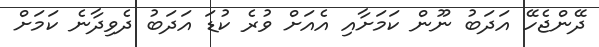
ދޭންޖެހޭ އަދަބު ނޫން ކަމަށާއި އެއަށް ވުރެ ކުޑަ އަދަބު ދެވިދާނެ ކަމަށް